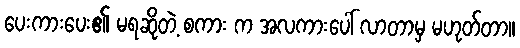
ပေးကားပေး၏ မရဆိုတဲ့ စကား က အလကားပေါ် လာတာမှ မဟုတ်တာ။